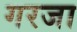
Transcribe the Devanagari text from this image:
गरजा